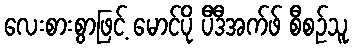
လေးစားစွာဖြင့် မောင်ပို ပီဒီအက်ဖ် စီစဉ်သူ